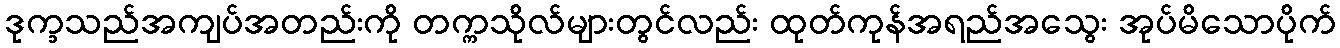
ဒုက္ခသည်အကျပ်အတည်းကို တက္ကသိုလ်များတွင်လည်း ထုတ်ကုန်အရည်အသွေး အုပ်မိသောပိုက်